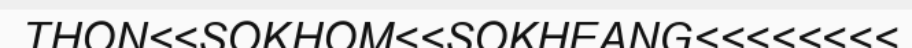
THON<<SOKHOM<<SOKHEANG<<<<<<<<